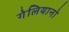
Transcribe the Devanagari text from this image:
गेलियानो